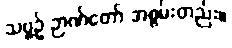
သဗ္ဗဉ် ဉာဏ်တော် အစွမ်းတည်း။